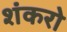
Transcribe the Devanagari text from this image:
शंकरो